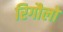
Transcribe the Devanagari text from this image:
रिगौलो